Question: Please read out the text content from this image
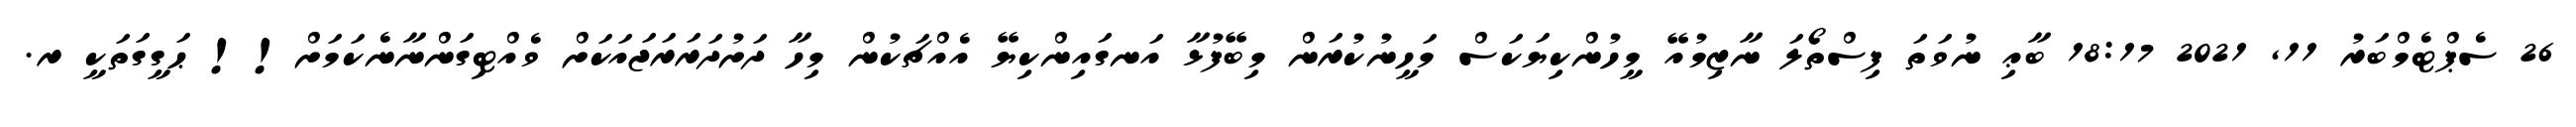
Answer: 26 ސެޕްޓެމްބަރު 11, 2021 18:17 ބާޢި ނުވަތަ ފިސްތޯލަ ނާޒިމުއޭ މީހުންކިޔަކަސް މަހީނުކުރަން މިބޭފުޅާ އަނގައިންކިޔޭ އެއްޗަކުން މިހާ ދަށުދަރަރަޖައަކަށް ވެއްޓިގަންނާނެކަމަށް!! ޙަގީގަތަކީ ރ.